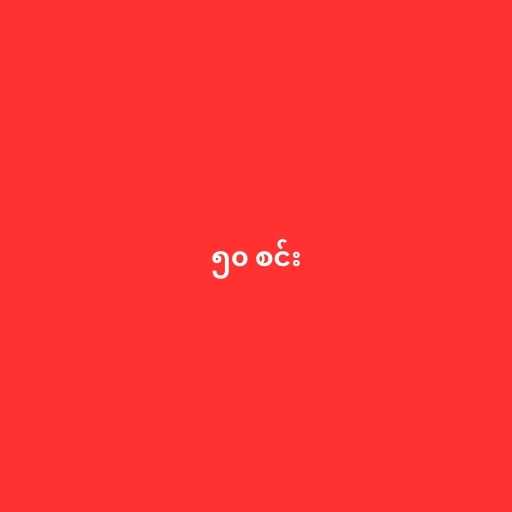
၅၀ စင်း